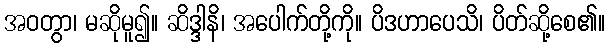
အဝတွာ၊ မဆိုမူ၍။ ဆိဒ္ဒါနိ၊ အပေါက်တို့ကို။ ပိဒဟာပေသိ၊ ပိတ်ဆို့စေ၏။